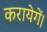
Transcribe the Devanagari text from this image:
करायेगें।